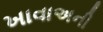
ખાવાઅની